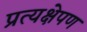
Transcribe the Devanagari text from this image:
प्रत्यक्षेपण